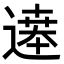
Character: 𬩂